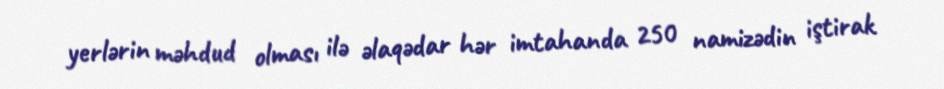
yerlərin məhdud olması ilə əlaqədar hər imtahanda 250 namizədin iştirak